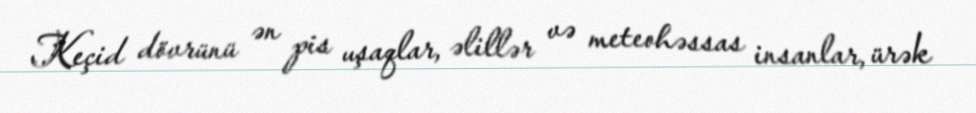
Keçid dövrünü ən pis uşaqlar, əlillər və meteohəssas insanlar, ürək